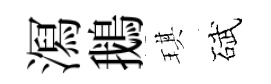
㵼鵝琪碔